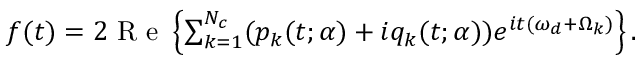
\begin{array} { r } { f ( t ) = 2 \mathrm { ~ R ~ e ~ } \left\{ \sum _ { k = 1 } ^ { N _ { c } } ( p _ { k } ( t ; \boldsymbol { \alpha } ) + i q _ { k } ( t ; \boldsymbol { \alpha } ) ) e ^ { i t ( \omega _ { d } + \Omega _ { k } ) } \right\} . } \end{array}